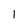
Character: 1